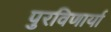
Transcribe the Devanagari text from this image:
पुरविणार्या